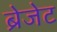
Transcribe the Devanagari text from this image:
ब्रेजेट